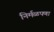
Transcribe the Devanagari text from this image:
निर्मळपणा